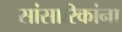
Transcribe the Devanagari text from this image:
सांसारिकांना